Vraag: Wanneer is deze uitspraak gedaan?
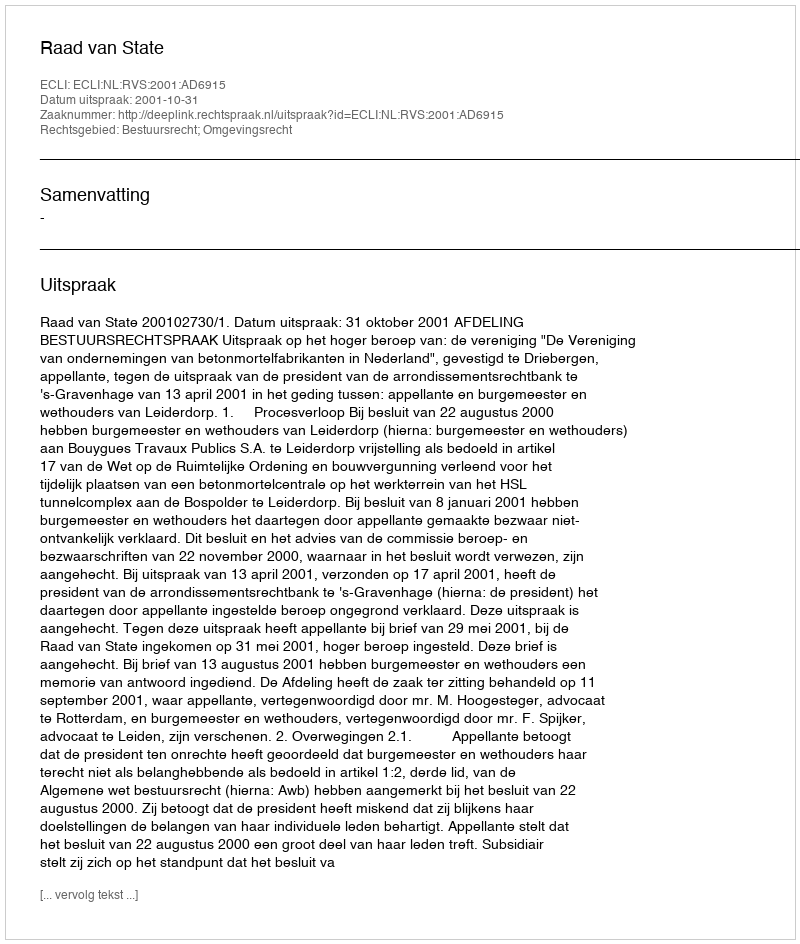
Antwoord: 2001-10-31